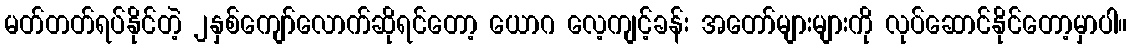
မတ်တတ်ရပ်နိုင်တဲ့ ၂နှစ်ကျော်လောက်ဆိုရင်တော့ ယောဂ လေ့ကျင့်ခန်း အတော်များများကို လုပ်ဆောင်နိုင်တော့မှာပါ။